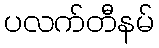
ပလက်တီနမ်